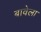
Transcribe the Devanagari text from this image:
बावेला